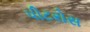
પીટરોસ